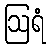
ဩရံ